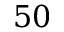
5 0